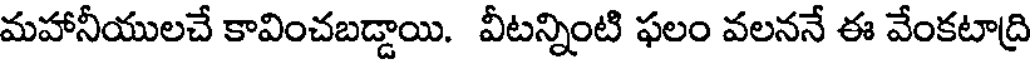
మహానీయులచే కావించబడ్డాయి. వీటన్నింటి ఫలం వలననే ఈ వేంకటాద్రి